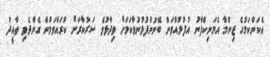
އެކަންކަމުގެ ޒިންމާ އެމަނިކްފާނު އުފުލުއްވަން ބޭނުންފުޅުނުވާކަމަށް ވިދާޅުވެ ސަރުކާރަށް ކުރައްވަމުން ގެންދެވި ތާއީދު